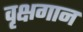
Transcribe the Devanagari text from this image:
वृक्षगान